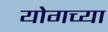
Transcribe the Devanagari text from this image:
योगच्या